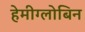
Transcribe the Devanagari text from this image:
हेमीग्लोबिन